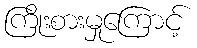
ကြိုးစားမှုကြောင့်